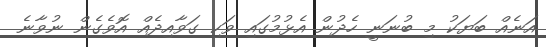
އަނެއް ބަޔަކު މި ބުނަނީ ހެދުން އެޅުމުގައި ވަކި ގަވާއިދެއް އޮވެގެން ނުވާނެ